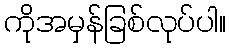
ကိုအမှန်ခြစ်လုပ်ပါ။